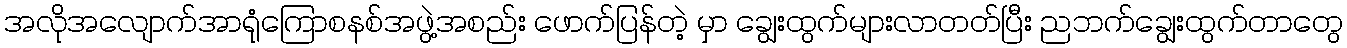
အလိုအလျောက်အာရုံကြောစနစ်အဖွဲ့အစည်း ဖောက်ပြန်တဲ့ မှာ ချွေးထွက်များလာတတ်ပြီး ညဘက်ချွေးထွက်တာတွေ